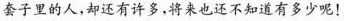
套子里的人，却还有许多，将来也还不知道有多少呢！